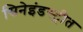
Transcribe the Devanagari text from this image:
सिनेइंडस्ट्रीत